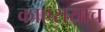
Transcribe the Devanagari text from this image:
काएरायाच